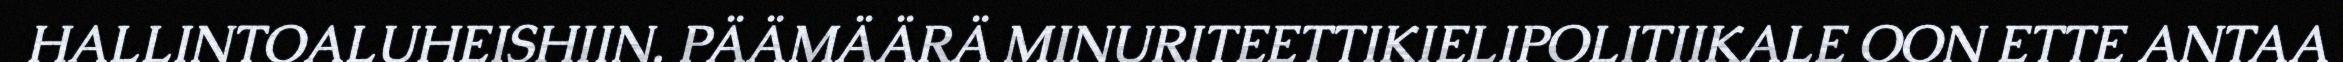
HALLINTOALUHEISHIIN. PÄÄMÄÄRÄ MINURITEETTIKIELIPOLITIIKALE OON ETTE ANTAA